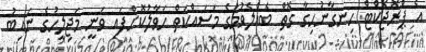
އެ ޕްރޮޖެކްޓް ހިނގާނުހިގާ ގޮތް ބެއްލެވުމުގެ މަސައްކަތް ހަވާލުކޮށްފައި ވަނީ މަޖިލީހުގެ ނައިބު